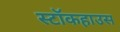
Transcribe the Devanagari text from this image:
स्टॉकहाउस